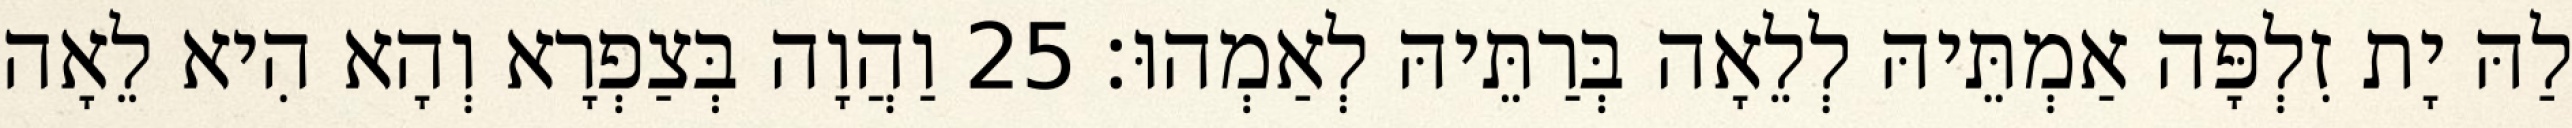
לַהּ יָת זִלְפָּה אַמְתֵּיהּ לְלֵאָה בְּרַתֵּיהּ לְאַמְהוּ׃ 25 וַהֲוָה בְּצַפְרָא וְהָא הִיא לֵאָה